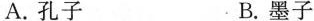
A.孔子 B.墨子